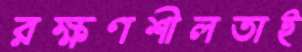
রক্ষণশীলতাই